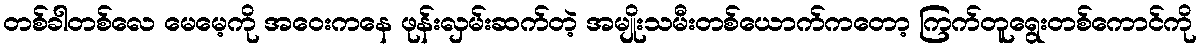
တစ်ခါတစ်လေ မေမေ့ကို အဝေးကနေ ဖုန်းလှမ်းဆက်တဲ့ အမျိုးသမီးတစ်ယောက်ကတော့ ကြက်တူရွေးတစ်ကောင်ကို